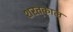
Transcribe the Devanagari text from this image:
शरत्‌काल